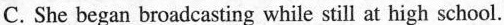
C. She began broadcasting while still at high school.